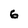
Character: 6